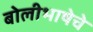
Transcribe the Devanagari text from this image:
बोलीभाषेचे